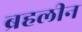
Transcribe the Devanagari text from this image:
ब्रहलीन